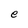
Character: e